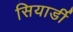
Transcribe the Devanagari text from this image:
सियार्डी